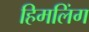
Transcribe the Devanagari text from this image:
हिमलिंग